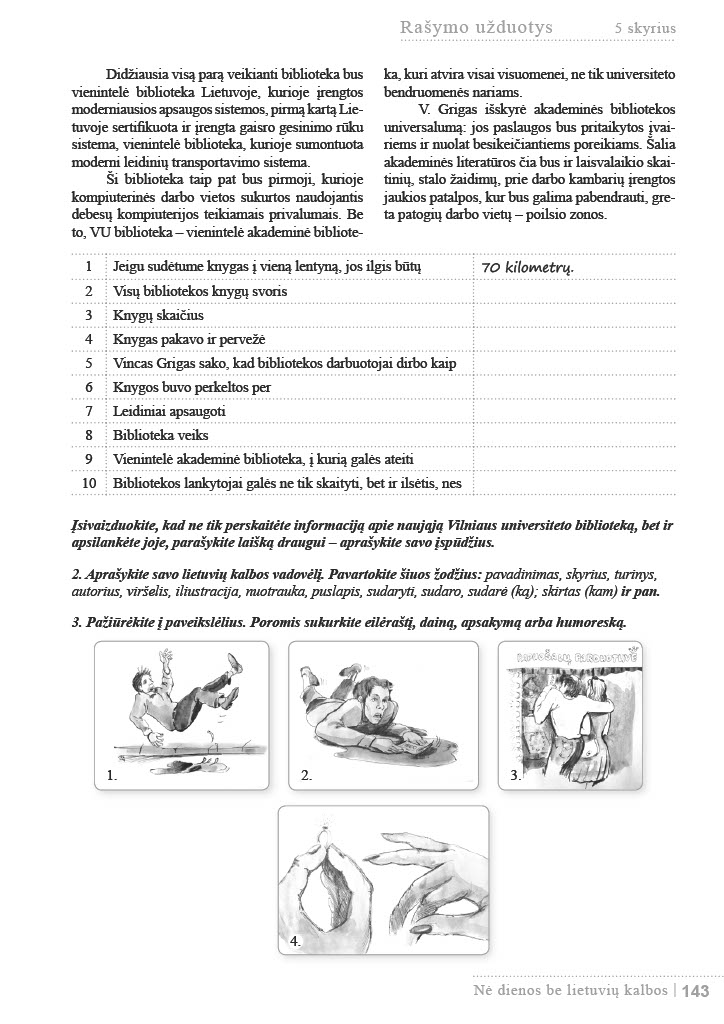
Language: lt